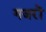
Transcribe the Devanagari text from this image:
गजरों